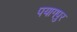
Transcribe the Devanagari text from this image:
पयागपुर